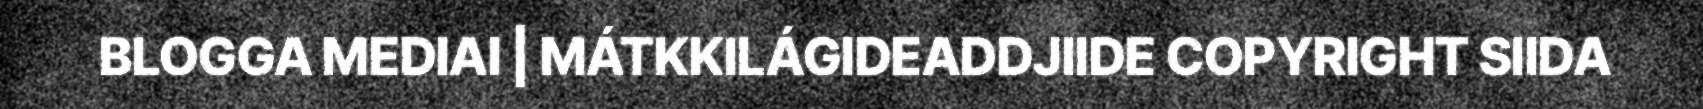
BLOGGA MEDIAI | MÁTKKILÁGIDEADDJIIDE COPYRIGHT SIIDA